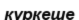
күркеше